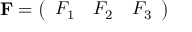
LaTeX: \mathbf { F } = { \left( \begin{array} { l l l } { F _ { 1 } } & { F _ { 2 } } & { F _ { 3 } } \end{array} \right) }